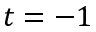
t = - 1